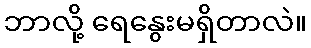
ဘာလို့ ရေနွေးမရှိတာလဲ။